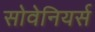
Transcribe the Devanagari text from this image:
सोवेनियर्स